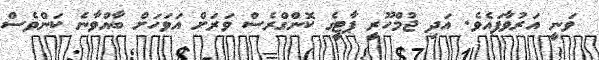
ވަނީ އަރުވާފައެވެ. އަދި ޖުމްހޫރީ ޕާޓީގެ ކޮންގްރެސް ވަރަށް އަވަހަށް ބާއްވާނެ ކަންވެސް